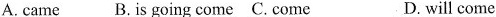
A.came B.Is going come C.Come D.will come